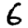
Digit: 6